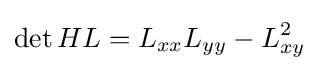
\det HL=L_{xx}L_{yy}-L_{xy}^{2}